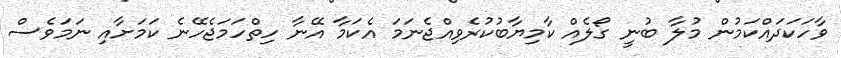
ވާހަކަދައްކަމުން މުލާ ބުނީ ގޯލެއް ކާމިޔާބުކުރެވިއްޖެނަމަ އެކަމާ އޭނާ ހިތްހަމަޖެހޭނެ ކަމަށާއި ނަމަވެސް